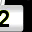
Digit: 2